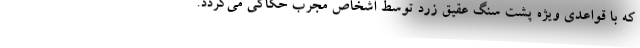
که با قواعدی ویژه پشت سنگ عقیق زرد توسط اشخاص مجرب حکاکی می‌گردد.